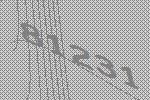
81231